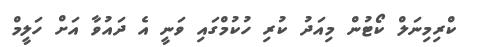
ކްރިމިނަލް ކޯޓުން މިއަދު ކުރި ހުކުމްގައި ވަނީ އެ ދައުވާ އަށް ހަލީމް